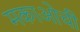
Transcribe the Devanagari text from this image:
मकाओची